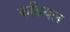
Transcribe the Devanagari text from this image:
कडियल